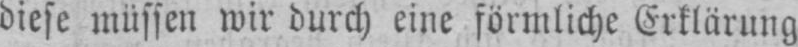
diese müssen wir durch eine förmliche Erklärung